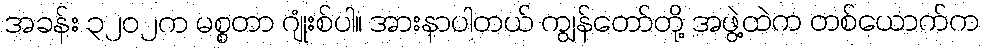
အခန်း ၃၂၀၂က မစ္စတာ ဂျုံးစ်ပါ။ အားနာပါတယ် ကျွန်တော်တို့ အဖွဲ့ထဲက တစ်ယောက်က